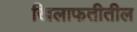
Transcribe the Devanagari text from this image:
खिलाफतीतील